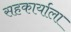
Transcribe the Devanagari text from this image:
सहकार्याला